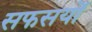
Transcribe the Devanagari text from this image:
सफसयों